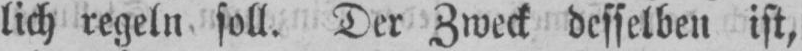
lich regeln soll. Der Zweck desselben ist,